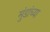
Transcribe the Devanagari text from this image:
मुंडांच्या